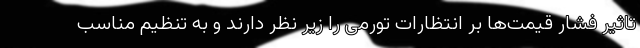
تاثیر فشار قیمت‌ها بر انتظارات تورمی را زیر نظر دارند و به تنظیم مناسب